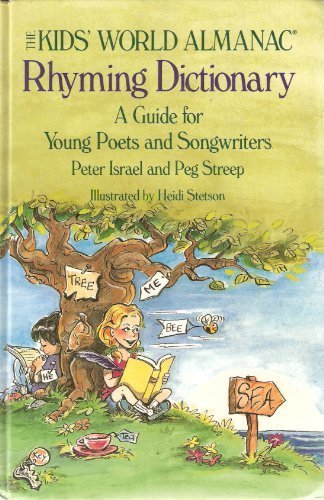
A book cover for Kid's World Almanac Rhyming Dictionary: A Guide for Young Poets and Songwriters; Peter Israel; Reference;